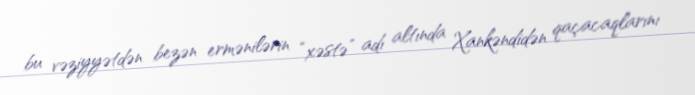
bu vəziyyətdən bezən ermənilərin “xəstə” adı altında Xankəndidən qaçacaqlarını